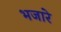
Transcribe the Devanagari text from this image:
भजारे